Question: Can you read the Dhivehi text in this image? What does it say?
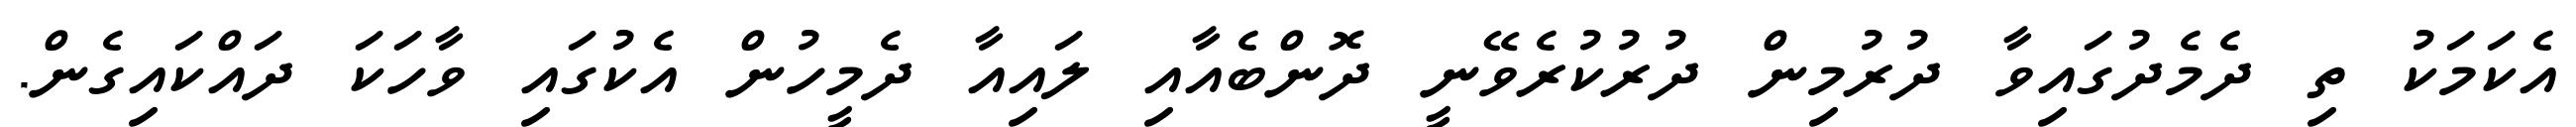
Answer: އެކަމަކު ތި ދެމެދުގައިވާ ދުރުމިން ދުރުކުރެވޭނީ ދޮންބެއާއި ލައިއާ ދެމީހުން އެކުގައި ވާހަކަ ދައްކައިގެން.